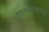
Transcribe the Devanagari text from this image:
अपघातामागची